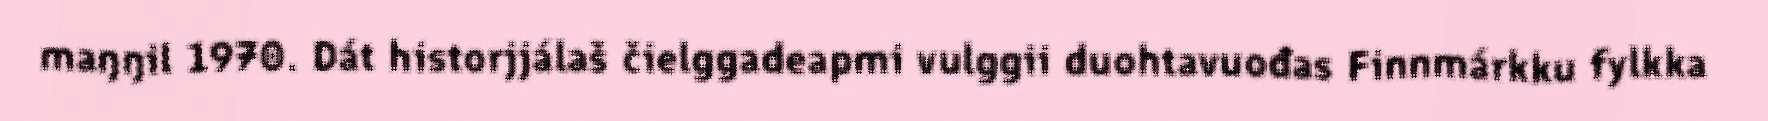
maŋŋil 1970. Dát historjjálaš čielggadeapmi vulggii duohtavuođas Finnmárkku fylkka